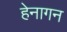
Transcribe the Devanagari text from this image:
हेनागन